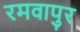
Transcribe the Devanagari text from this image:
रमवापुर